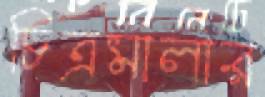
চিত্রমালার